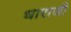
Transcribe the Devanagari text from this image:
धाराजी